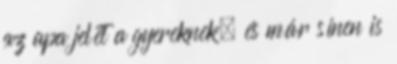
az apa jelét a gyereknek, és már sínen is